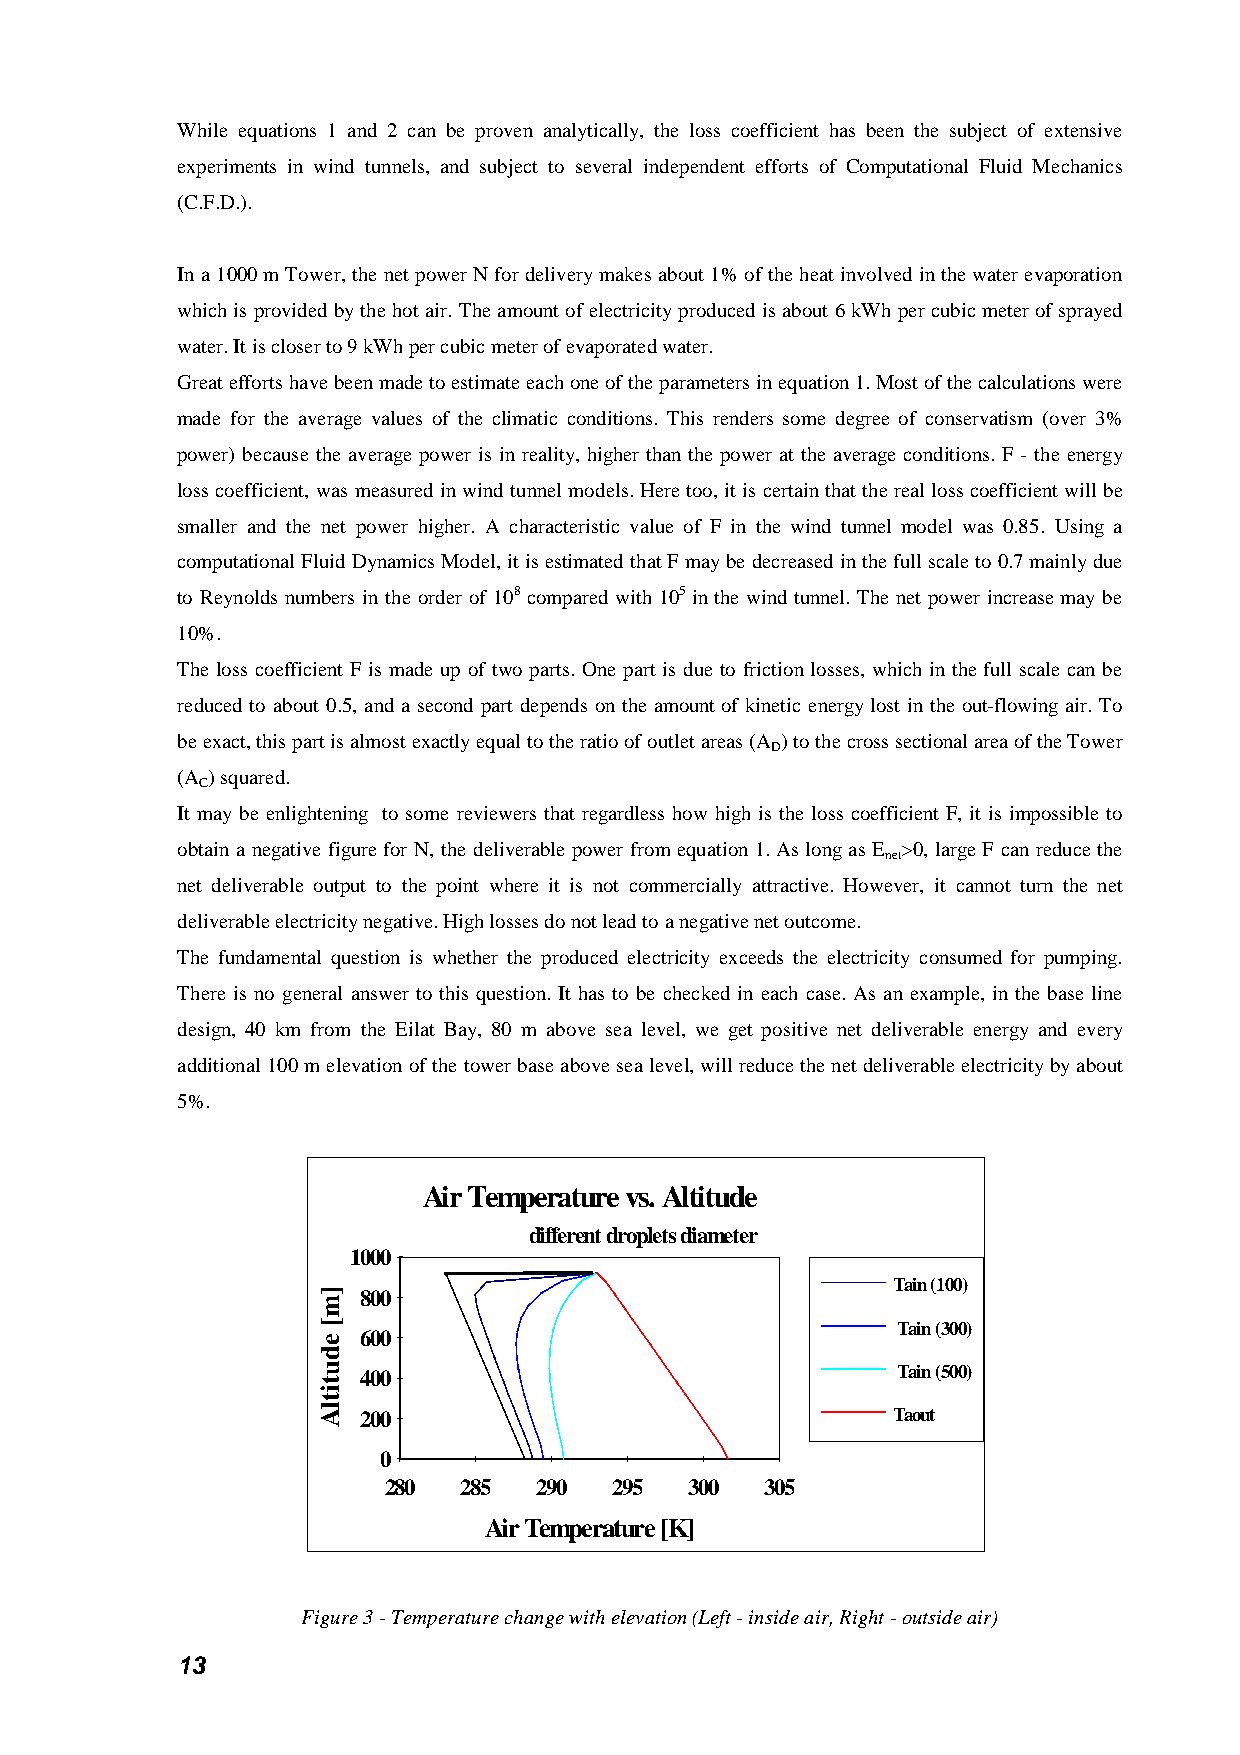
While equations 1 and 2 can be proven analytically, the loss coefficient has been the subject of extensive
 experiments in wind tunnels, and subject to several independent efforts of Computational Fluid Mechanics
 (C.F.D.).
 In a 1000 m Tower, the net power N for delivery makes about 1% of the heat involved in the water evaporation
 which is provided by the hot air. The amount of electricity produced is about 6 kWh per cubic meter of sprayed
 water. It is closer to 9 kWh per cubic meter of evaporated water.
 Great efforts have been made to estimate each one of the parameters in equation 1. Most of the calculations were
 made for the average values of the climatic conditions. This renders some degree of conservatism (over 3%
 power) because the average power is in reality, higher than the power at the average conditions. F - the energy
 loss coefficient, was measured in wind tunnel models. Here too, it is certain that the real loss coefficient will be
 smaller and the net power higher. A characteristic value of F in the wind tunnel model was 0.85. Using a
 computational Fluid Dynamics Model, it is estimated that F may be decreased in the full scale to 0.7 mainly due
 to Reynolds numbers in the order of 108 compared with 105 in the wind tunnel. The net power increase may be
 10%.
 The loss coefficient F is made up of two parts. One part is due to friction losses, which in the full scale can be
 reduced to about 0.5, and a second part depends on the amount of kinetic energy lost in the out-flowing air. To
 be exact, this part is almost exactly equal to the ratio of outlet areas (A ) to the cross sectional area of the Tower
 D
 (A ) squared.
 C
 It may be enlightening to some reviewers that regardless how high is the loss coefficient F, it is impossible to
 obtain a negative figure for N, the deliverable power from equation 1. As long as E >0, large F can reduce the
 net
 net deliverable output to the point where it is not commercially attractive. However, it cannot turn the net
 deliverable electricity negative. High losses do not lead to a negative net outcome.
 The fundamental question is whether the produced electricity exceeds the electricity consumed for pumping.
 There is no general answer to this question. It has to be checked in each case. As an example, in the base line
 design, 40 km from the Eilat Bay, 80 m above sea level, we get positive net deliverable energy and every
 additional 100 m elevation of the tower base above sea level, will reduce the net deliverable electricity by about
 5%.
 Air Temperature vs. Altitude
 different droplets diameter
 1000
 Tain (100)
 800
 Tain (300)
 600
 400                                Tain (500)
 200                                Taout
 0
 280   285  290  295  300  305
 Air Temperature [K]
 Figure 3 - Temperature change with elevation (Left - inside air, Right - outside air)
 13
 ]m[
 edutitlA